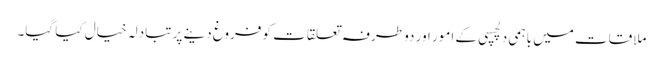
ملاقات میں باہمی دلچسپی کے امور اور دو طرفہ تعلقات کو فروغ دینے پر تبادلہ خیال کیا گیا۔